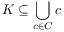
K \subseteq \bigcup _ { c \in C } c